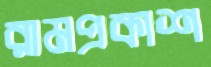
রামপ্রকাশ